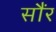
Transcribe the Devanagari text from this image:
सौंर